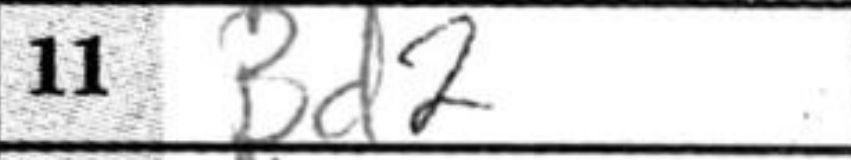
Transcription: Bd2